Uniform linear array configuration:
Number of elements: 24
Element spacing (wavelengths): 0.75
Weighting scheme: hamming
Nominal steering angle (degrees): -15
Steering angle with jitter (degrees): -16.769
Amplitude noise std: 0.05
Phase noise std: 0.05

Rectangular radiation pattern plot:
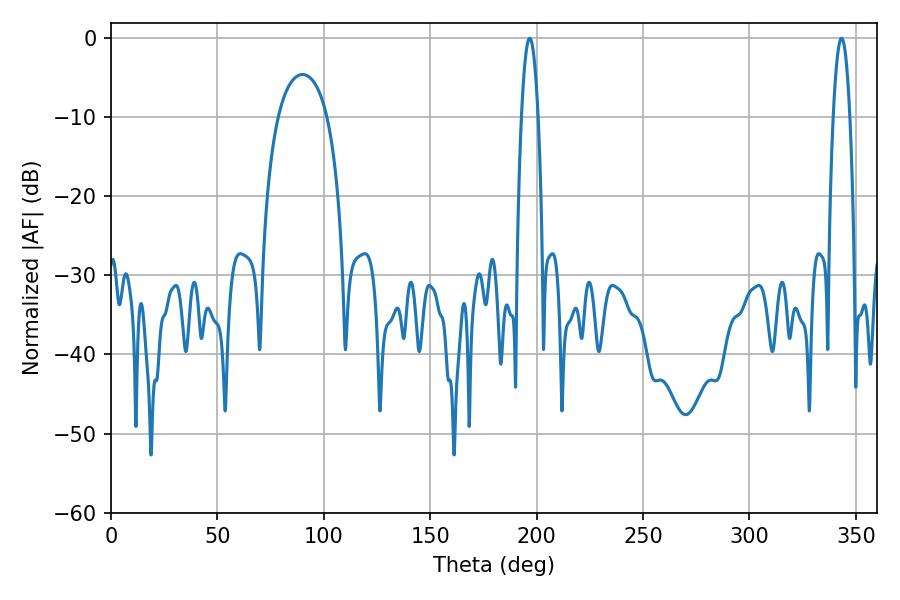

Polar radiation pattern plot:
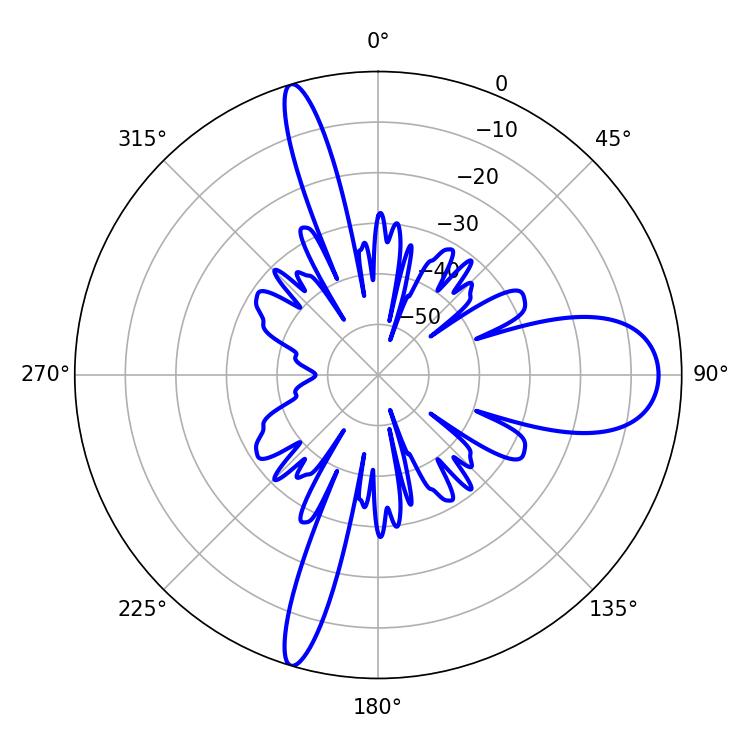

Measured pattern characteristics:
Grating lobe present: TRUE
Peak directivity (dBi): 15.06
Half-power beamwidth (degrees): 4.32
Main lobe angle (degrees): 196.74